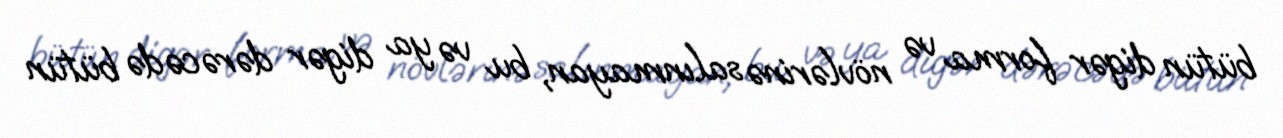
bütün digər forma və növlərinə salınmayan, bu və ya digər dərəcədə bütün